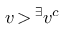
v \, { > } \, ^ { \exists } v ^ { c }